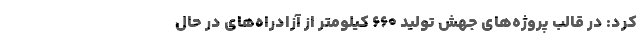
کرد: در قالب پروژه‌های جهش تولید ۶۶۰ کیلومتر از آزادراه‌های در حال